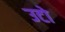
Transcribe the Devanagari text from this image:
उटो